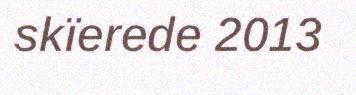
skïerede 2013